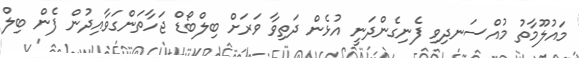
މައުލޫމާތު މުއްސަނދިވި ފެނިގެންދަނީ އުޅެން ދަތިވާ ވަރަށް ބިލްބޯޑް ޖަހާތަންގަވާއިދުން ފެން ބިލް